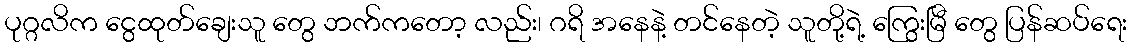
ပုဂ္ဂလိက ငွေထုတ်ချေးသူ တွေ ဘက်ကတော့ လည်း၊ ဂရိ အနေနဲ့ တင်နေတဲ့ သူတို့ရဲ့ ကြွေးမြီ တွေ ပြန်ဆပ်ရေး